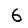
Digit: 6